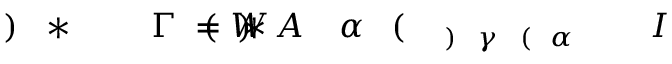
I \! \! \! \! \! \! \! \! \! \! \! \! _ { \! \! \! \! \! \! \! \! \! \! \! \! \alpha \! \! \! \! \! \! \! \! \! \! \! \! ( \! \! \! \! \! \! \! \! \! \! \! \! \gamma \! \! \! \! \! \! \! \! \! \! \! \! ) } \! \! \! \! \! \! \! \! \! \! \! \! ( \! \! \! \! \! \! \! \! \! \! \! \! \alpha \! \! \! \! \! \! \! \! \! \! \! \! _ { \! } \! \! \! \! \! \! \! \! \! \! \! * A \! \! \! \! \! \! \! \! \! \! \! \! ) \! \! \! \! \! \! \! \! \! \! \! \! = W \! \! \! \! \! \! \! \! \! \! \! \! ( \! \! \! \! \! \! \! \! \! \! \! \! \Gamma \! \! \! \! \! \! \! \! \! \! \! \! ^ { \! } \! \! \! \! \! \! \! \! \! \! \! * \! \! \! \! \! \! \! \! \! \! \! \! ) \! \! \! \! \! \! \! \! \! \! \!